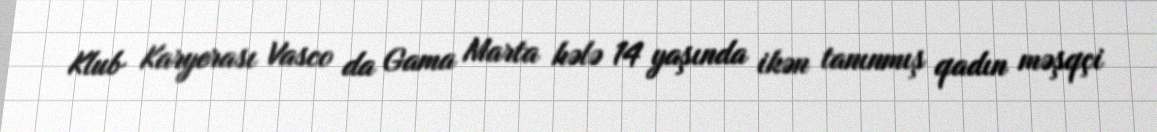
Klub Karyerası Vasco da Gama Marta hələ 14 yaşında ikən tanınmış qadın məşqçi